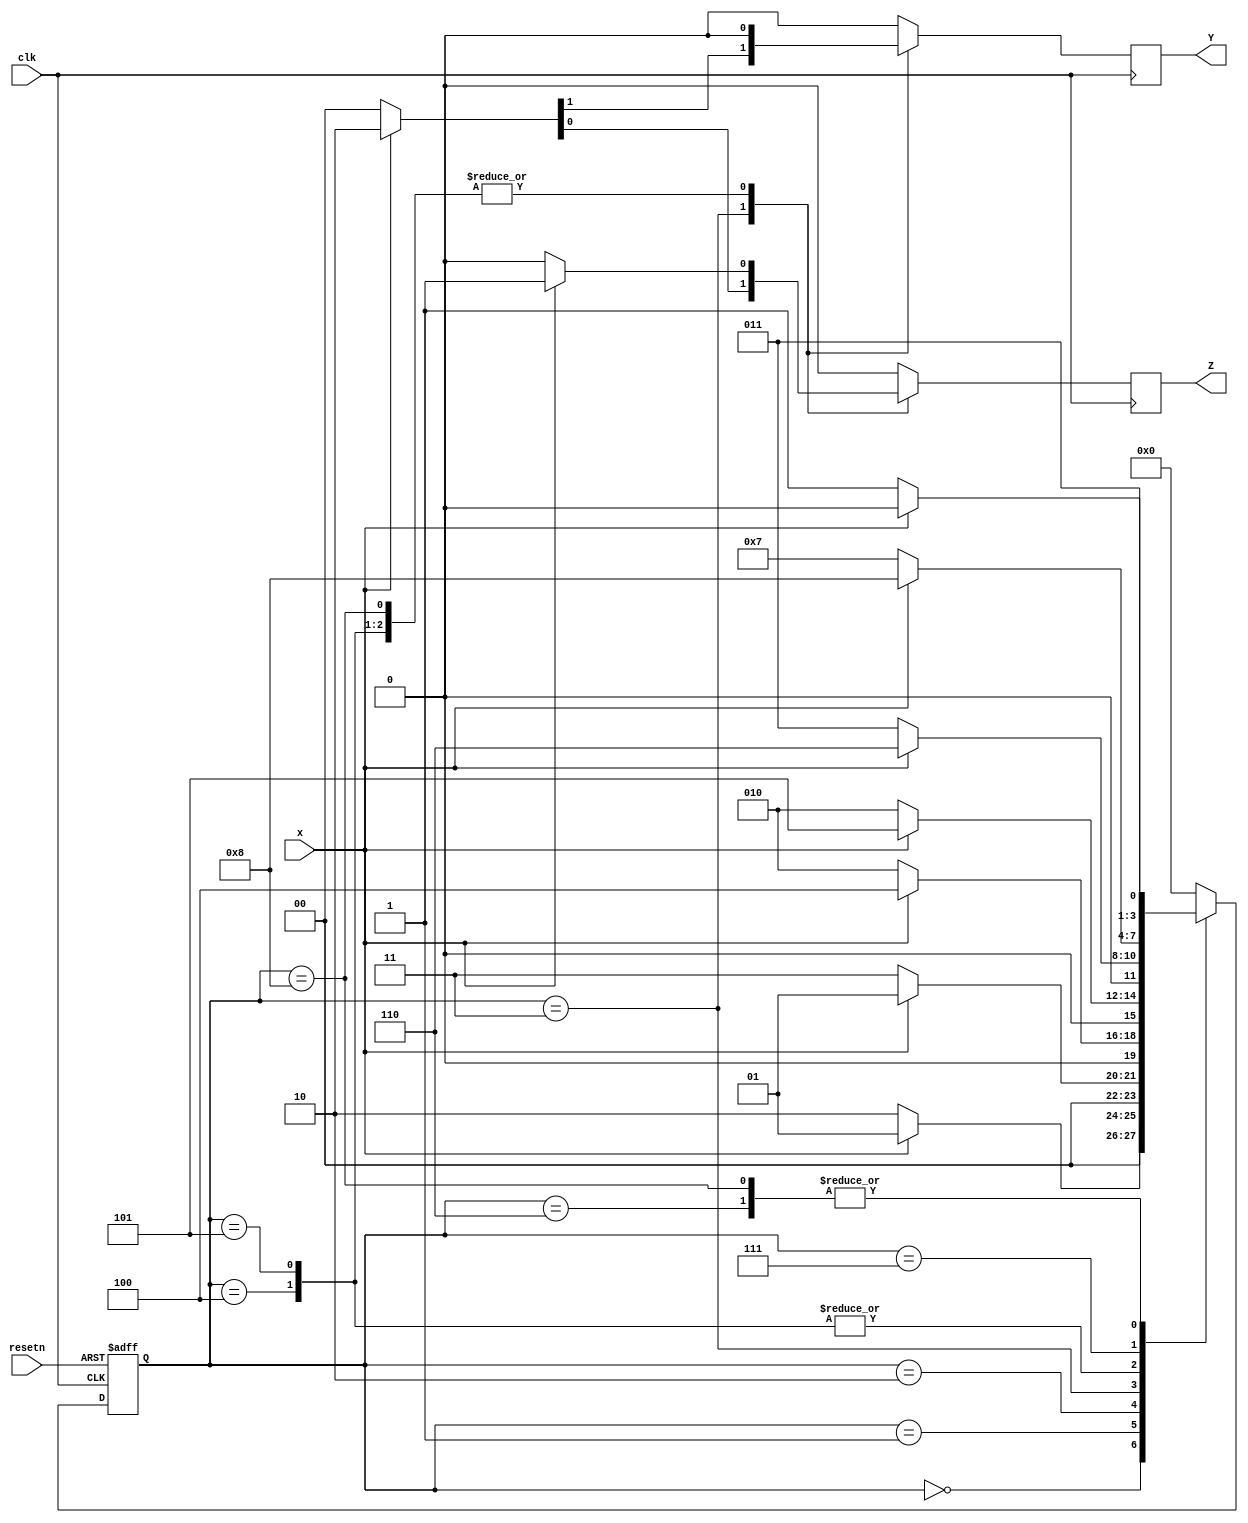
module sequence_detector(
	input x,
	input clk,
	input resetn,
	output reg Y,
	output reg Z
);

	parameter [3:0]s0 = 0, s1 = 1, s2 = 2, s3 = 3, s4 = 4, s5 = 5, s6 = 6, s7 = 7, s8 = 8;
	
	reg [3:0]present_state, next_state;
	reg y, z;
	
	// State Transition
	always @(negedge clk or negedge resetn)
	if(~resetn)
		present_state <= s0;
	else
		present_state <= next_state;
		
	// Registered output	
	always @(negedge clk)
		begin
			Y <= y;
			Z <= z;
		end
		
		
		
	// Next State Decoder
	always @(present_state, x)
		case(present_state)
			s0 : if(x == 0) begin next_state = s2; {y, z} = 2'b00; end else begin next_state = s1; {y, z} = 2'b00; end
			s1 : if(x == 0) begin next_state = s3; {y, z} = 2'b00; end else begin next_state = s1; {y, z} = 2'b00; end
			s2 : if(x == 0) begin next_state = s2; {y, z} = 2'b00; end else begin next_state = s4; {y, z} = 2'b00; end
			s3 : if(x == 0) begin next_state = s2; {y, z} = 2'b00; end else begin next_state = s5; {y, z} = 2'b10; end
			s4 : if(x == 0) begin next_state = s3; {y, z} = 2'b00; end else begin next_state = s6; {y, z} = 2'b01; end
			s5 : if(x == 0) begin next_state = s3; {y, z} = 2'b00; end else begin next_state = s6; {y, z} = 2'b01; end
			s6 : if(x == 0) begin next_state = s7; {y, z} = 2'b00; end else begin next_state = s6; {y, z} = 2'b00; end
			s7 : if(x == 0) begin next_state = s7; {y, z} = 2'b00; end else begin next_state = s8; {y, z} = 2'b00; end
			s8 : if(x == 0) begin next_state = s7; {y, z} = 2'b00; end else begin next_state = s6; {y, z} = 2'b01; end
			default : begin next_state = s0; {y, z} = 2'b00; end
		endcase
		
endmodule